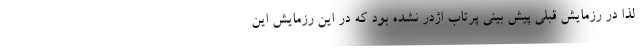
لذا در رزمایش قبلی پیش بینی پرتاب اژدر نشده بود که در این رزمایش این